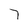
Character: 7